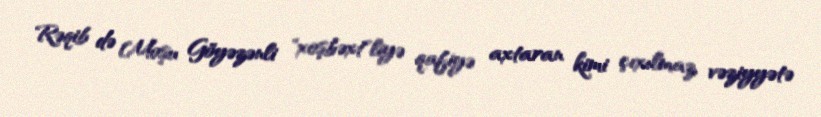
Rəqib də Moşu Göyəzənli "xoşbəxt"liyə qafiyə axtaran kimi çıxılmaz vəziyyətə